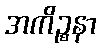
အကိဉ္စနာ